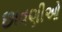
છાવણીઓ